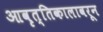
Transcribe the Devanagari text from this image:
आवृत्तिकालावरून